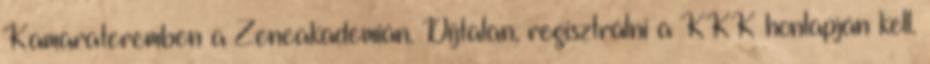
Kamarateremben a Zeneakadémián. Díjtalan, regisztrálni a KKK honlapján kell.